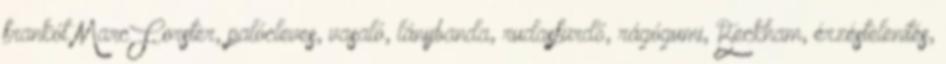
frankót MarcForster, palócleves, vasaló, lánybanda, rudasfürdő, rágógumi, Beckham, érzéstelenítés,